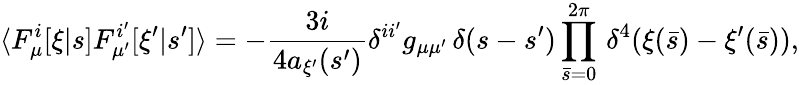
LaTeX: \langle F_{\mu}^{i}[\xi|s]F_{\mu^{\prime}}^{i^{\prime}}[\xi^{\prime}|s^{\prime}]\rangle=-{\frac{3i}{4a_{\xi^{\prime}}(s^{\prime})}}\delta^{ii^{\prime}}g_{\mu\mu^{\prime}}\, \delta(s-s^{\prime})\prod_{\bar{s}=0}^{2\pi}\, \delta^{4}(\xi(\bar{s})-\xi^{\prime}(\bar{s})),